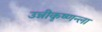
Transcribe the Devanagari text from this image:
उन्नीकृष्णन्ला